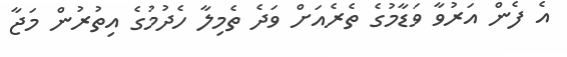
އެ ފެން އަރުވާ ވަޑާމުގެ ތެރެއަށް ވަދެ ތެމިލާ ހެދުމުގެ އިތުރުން މަޖާ